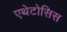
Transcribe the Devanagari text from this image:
एथेटोसिस